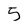
Character: 5